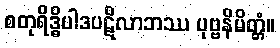
စတုရိဒ္ဓိပါဒပဋိလာဘဿ ပုဗ္ဗနိမိတ္တံ။